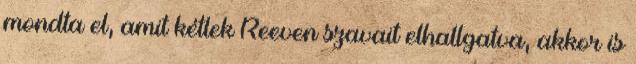
mondta el, amit kétlek Reeven szavait elhallgatva, akkor is